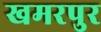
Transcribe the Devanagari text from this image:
खमरपुर